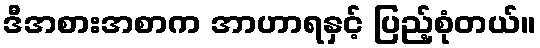
ဒီအစားအစာက အာဟာရနှင့် ပြည့်စုံတယ်။